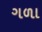
ગળા